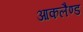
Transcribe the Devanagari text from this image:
आकलैण्ड